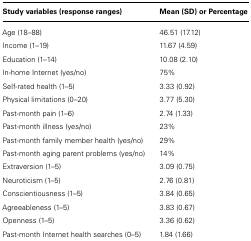
| Study variables (response ranges) | Mean (SD) or Percentage |
 | --- | --- |
 | Age (18–88) | 46.51 (17.12) |
 | Income (1–19) | 11.67 (4.59) |
 | Education (1–14) | 10.08 (2.10) |
 | In-home Internet (yes/no) | 75% |
 | Self-rated health (1–5) | 3.33 (0.92) |
 | Physical limitations (0–20) | 3.77 (5.30) |
 | Past-month pain (1–6) | 2.74 (1.33) |
 | Past-month illness (yes/no) | 23% |
 | Past-month family member health (yes/no) | 29% |
 | Past-month aging parent problems (yes/no) | 14% |
 | Extraversion (1–5) | 3.09 (0.75) |
 | Neuroticism (1–5) | 2.76 (0.81) |
 | Conscientiousness (1–5) | 3.84 (0.65) |
 | Agreeableness (1–5) | 3.83 (0.67) |
 | Openness (1–5) | 3.36 (0.62) |
 | Past-month Internet health searches (0–5) | 1.84 (1.66) |